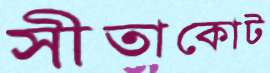
সীতাকোট